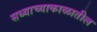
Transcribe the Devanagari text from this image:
सध्याच्याकाळातील